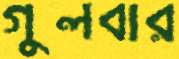
গুলবার